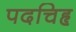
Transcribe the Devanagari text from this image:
पदचिहृ